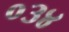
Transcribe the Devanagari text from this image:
०३४